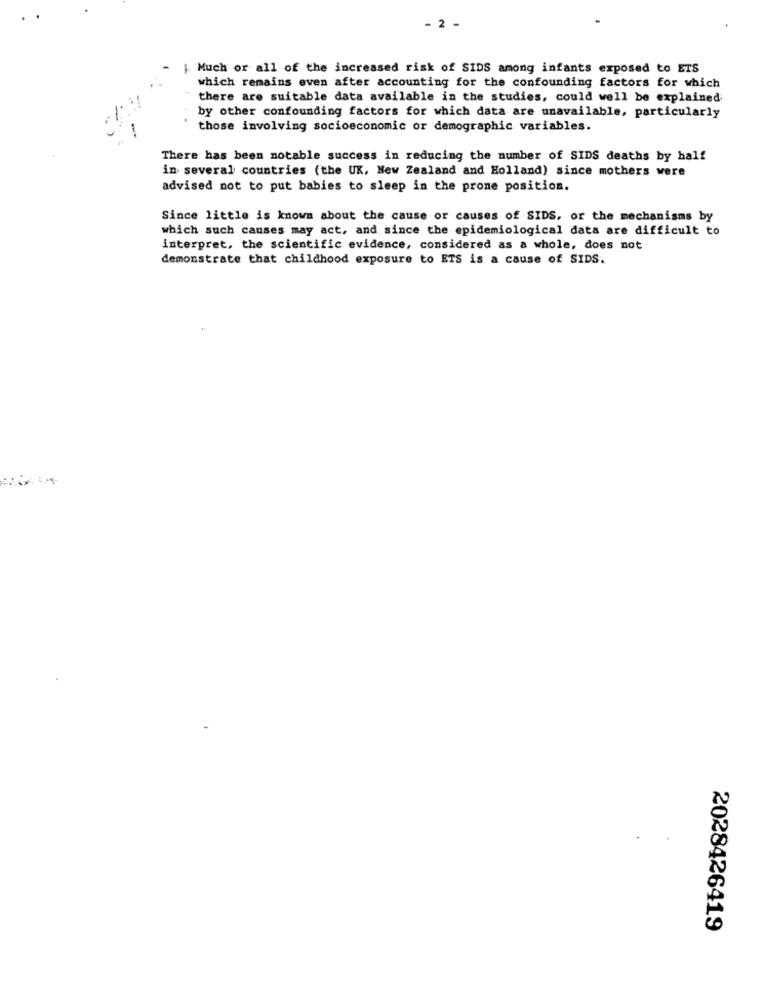
- 2 -
| Much or all of the increased risk of SIDS among infants exposed to ETS
which remains even after accounting for the confounding factors for which
there are suitable data available in the studies, could well be explained
by other confounding factors for which data are unavailable, particularly
those involving socioeconomic or demographic variables.
--
There has been notable success in reducing the number of SIDS deaths by half
in several countries (the UK, New Zealand and Holland) since mothers were
advised not to put babies to sleep in the prone position.
Since little is known about the cause or causes of SIDS, or the mechanisms by
which such causes may act, and since the epidemiological data are difficult to
interpret, the scientific evidence, considered as a whole, does not
demonstrate that childhood exposure to ETS is a cause of SIDS.
2028426419